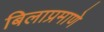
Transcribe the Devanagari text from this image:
बिलाप्रमाणे